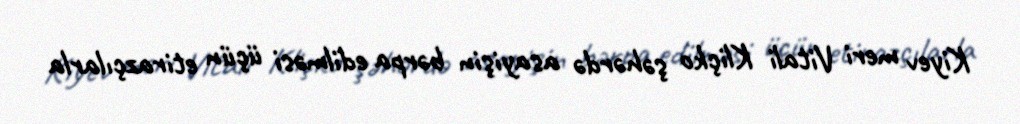
Kiyev meri Vitali Kliçko şəhərdə asayişin bərpa edilməsi üçün etirazçılarla